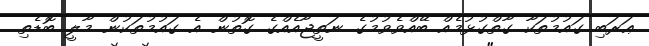
ޢަރަބި ގައުމުތަކާ ގާތްގުޅުމެއް ބޭއްވެވުމުގެ ނަތީޖާއެއްގެ ގޮތުން އެ ގައުމުތަކުން މާލީ ބޮޑެތި